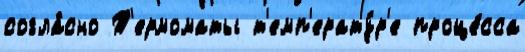
согла́сно Т'ермоматы т'емп'ерату́р'е проце́сса